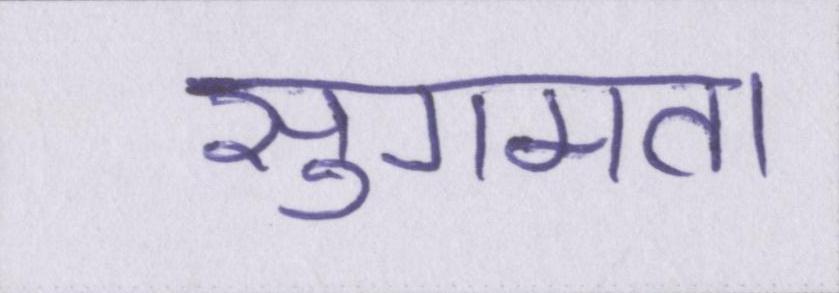
सुगमता